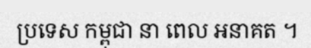
ប្រទេស កម្ពុជា នា ពេល អនាគត ។